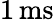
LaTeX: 1\, \textrm{ms}